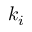
k _ { i }